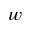
w